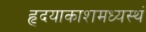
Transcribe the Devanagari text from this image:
हृदयाकाशमध्यस्थं